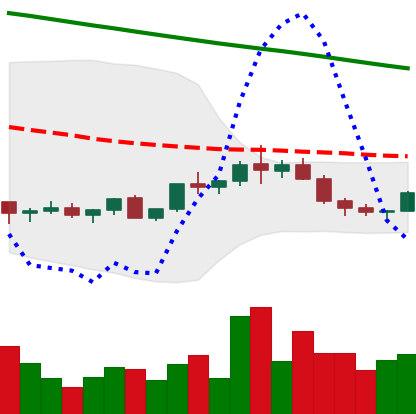
Ticker: ADA-USD
Chart end date: 2022-02-15
Forward return: -15.772%
Label: down_7plus